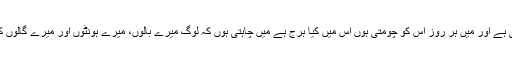
میں کس طرح انکار کرسکتی ہوں مجھے چھلاں بہت پیاری لگتی ہے اور میں ہر روز اس کو چومتی ہوں اس میں کیا ہرج ہے میں چاہتی ہوں کہ لوگ میرے بالوں، میرے ہونٹوں اور میرے گالوں کی تعریف کریں اس سے مجھے خوشی ہوتی ہے خبر نہیں کیوں؟